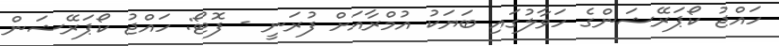
ހައްޖު ކޯޕަރޭޝަންގެ ހަވާލުގައި ބަޔަކު އުމްރާއަށް ފުރަނީ - ފޮޓޯ: ހައްޖު ކޯޕަރޭޝަން